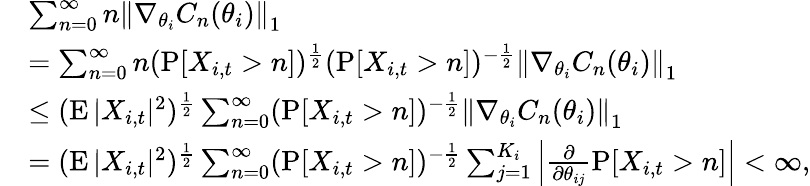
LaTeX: \begin{array}{rl}&{\sum_{n=0}^{\infty}n\left\| \nabla_{\theta_{i}}C_{n}(\theta_{i})\right\| _{1}}\\ &{=\sum_{n=0}^{\infty}n(\operatorname{P}[X_{i,t}>n])^{\frac{1}{2}}(\operatorname{P}[X_{i,t}>n])^{-\frac{1}{2}}\left\| \nabla_{\theta_{i}}C_{n}(\theta_{i})\right\| _{1}}\\ &{\leq(\operatorname{E}|X_{i,t}|^{2})^{\frac{1}{2}}\sum_{n=0}^{\infty}(\operatorname{P}[X_{i,t}>n])^{-\frac{1}{2}}\left\| \nabla_{\theta_{i}}C_{n}(\theta_{i})\right\| _{1}}\\ &{=(\operatorname{E}|X_{i,t}|^{2})^{\frac{1}{2}}\sum_{n=0}^{\infty}(\operatorname{P}[X_{i,t}>n])^{-\frac{1}{2}}\sum_{j=1}^{K_{i}}\left|\frac{\partial}{\partial\theta_{ij}}\operatorname{P}[X_{i,t}>n]\right|<\infty,}\end{array}